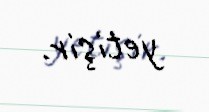
yetişir.